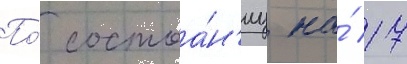
По́ состоа́н'иу на́ 17